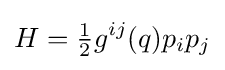
H={\tfrac {1}{2}}g^{ij}(q)p_{i}p_{j}